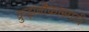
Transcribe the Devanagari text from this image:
क्रुझनौकांसाठी